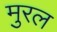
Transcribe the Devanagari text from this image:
मुरल